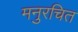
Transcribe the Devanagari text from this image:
मनुरचित